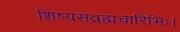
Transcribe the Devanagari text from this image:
शिष्यसव्रह्मचारिभिः।